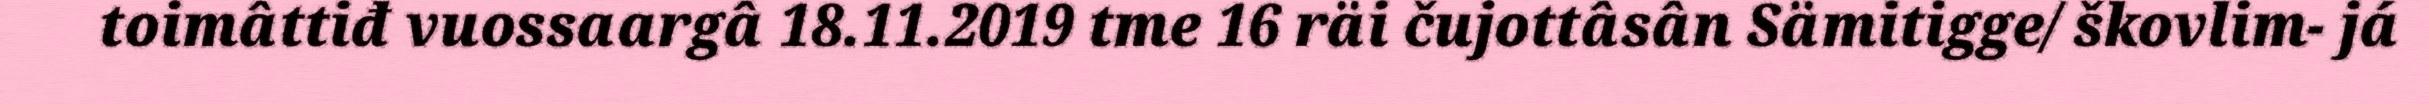
toimâttiđ vuossaargâ 18.11.2019 tme 16 räi čujottâsân Sämitigge/ škovlim- já